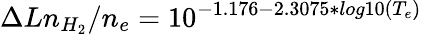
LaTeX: \Delta Ln_{H_{2}}/n_{e}=10^{-1.176-2.3075*log10(T_{e})}